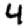
Digit: 4